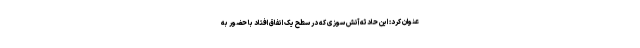
عنوان کرد: این حادثه آتش سوزی که در سطح یک اتفاق افتاد با حضور به